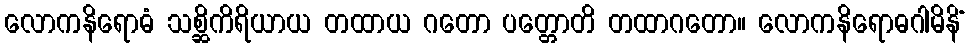
လောကနိရောဓံ သစ္ဆိကိရိယာယ တထာယ ဂတော ပတ္တောတိ တထာဂတော။ လောကနိရောဓဂါမိနိံ